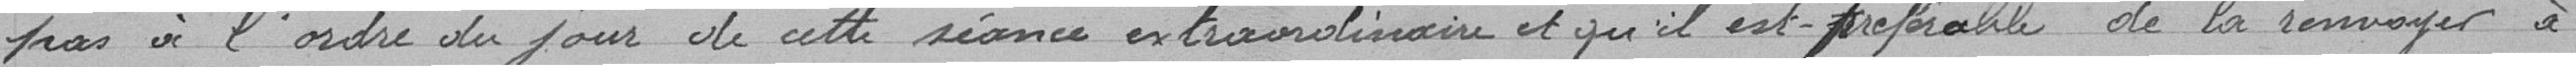
pas à l'ordre du jour de cette séance extraordinaire et qu'il est préférable de la renvoyer à